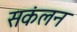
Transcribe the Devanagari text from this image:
सकंलन